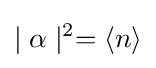
\mid \alpha \mid ^{2}=\langle n\rangle